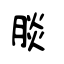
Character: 腅